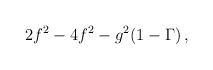
LaTeX: \begin{align*}2f^2-4f^2-g^2(1-\Gamma) \, ,\end{align*}